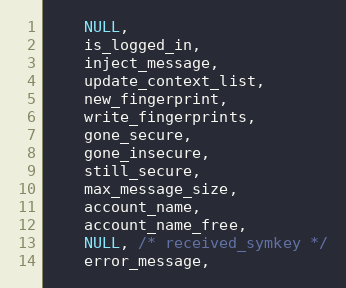
Language: C
    NULL,
    is_logged_in,
    inject_message,
    update_context_list,
    new_fingerprint,
    write_fingerprints,
    gone_secure,
    gone_insecure,
    still_secure,
    max_message_size,
    account_name,
    account_name_free,
    NULL, /* received_symkey */
    error_message,